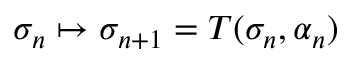
\sigma _ { n } \mapsto \sigma _ { n + 1 } = T ( \sigma _ { n } , \alpha _ { n } )